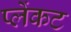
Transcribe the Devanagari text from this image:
प्लेंकट